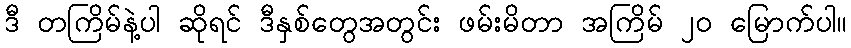
ဒီ တကြိမ်နဲ့ပါ ဆိုရင် ဒီနှစ်တွေအတွင်း ဖမ်းမိတာ အကြိမ် ၂၀ မြောက်ပါ။